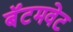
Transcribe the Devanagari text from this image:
बॅंटमवेट